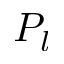
P _ { l }